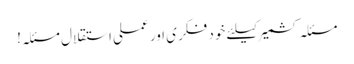
مسئلہ کشمیر کیلئے خود فکری اور عملی استقلال مسئلہ!